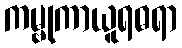
ကမ္ဗုကာယူရဓရာ